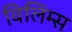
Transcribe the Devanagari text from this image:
विलिम्स